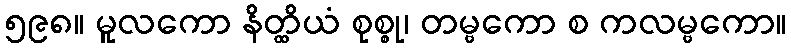
၅၉၈။ မူလကော နိတ္ထိယံ စုစ္စု၊ တမ္ဗကော စ ကလမ္ဗကော။